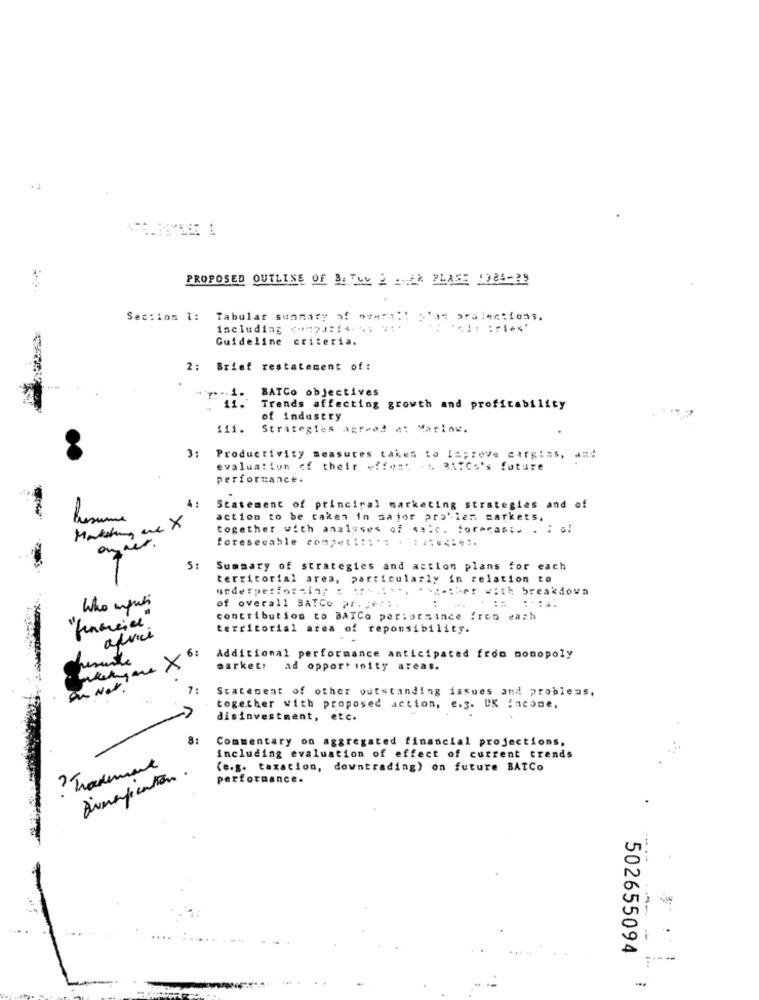
PROPOSED OUTLINE OF BATUM 2 2 * PLASE 1084-29
Section 1:
Tabular summary of overall gran pralections.
including **** **
Guideline criteria.
2: Brief restatement of :
BATCo objectives
1.
11.
Trends affecting growth and profitability
of industry
111.
Strategies agreed at Marins.
3:
Productivity measures taken to I =; rove cargins, a =!
evaluation of their off#=" -" BATCo's future
performance.
4:
Statement of principal marketing strategies and of
Resume
action to be taken in major problem markets.
Marketing
we X
together with analyses of sale. forecast. . : 6!
anner.
foreseeable com ::::** * *****= 4 ..
5:
Summary of strategies and action plans for each
territorial area, particularly in relation to
underperforming ; ;; si **, ***-* ber with breakdown
Who was
:..=
of overall BATCo pr. Ceci.
contribution to BATCo periorsince froo each
territorial area of reponsibility.
advice
6:
resente
Additional performance anticipated from monopoly
markets ad opport inity areas.
on Nat?
7 :
Statement of other outstanding issues and problems,
together with proposed action, e.g. UK Income,
disinvestment, etc.
8:
Commentary on aggregated financial projections,
including evaluation of effect of current trends
? Trademark
Dieopcation.
(e.g. taxation, downtrading) on future BATCo
performance.
---
502655094